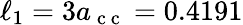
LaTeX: \ell_{1}=3a_{\mathrm{~c~c~}}=0.4191